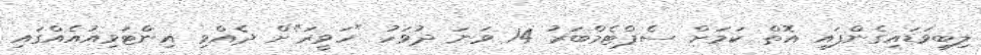
ލިބިވަޑައިގެންފައި އޮތް ކަމަށް ސެޕްޓެމްބަރު 14 ވަނަ ދުވަހު "ހަވީރަ"ށް ދެއްވި އިންޓަވިއުއެއްގައި